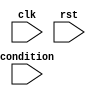
module while_loop (
    input wire condition,
    input wire clk,
    input wire rst,
    // Add any other input ports as needed
    // Add any output ports as needed
);

reg [31:0] count;

always @(posedge clk or posedge rst) begin
    if (rst) begin
        count <= 0;
        // Add any other reset actions as needed
    end else begin
        if (condition) begin
            // Block of statements to be executed inside the loop
            // Add any other actions to be executed inside the loop
            count <= count + 1;
        end
    end
end

// Add any other logic or modules as needed

endmodule